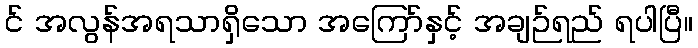
င် အလွန်အရသာရှိသော အကြော်နှင့် အချဉ်ရည် ရပါပြီ။